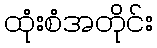
ထုံးစံအတိုင်း